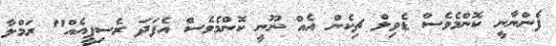
ފެންނާނީ ކޮންމެވެސް ޑެވިލް ޗިކެން އެއް ނޫނީ ކޮންމެވެސް އެފަދަ ރެސިޕީއެއް" ރަމްލާ